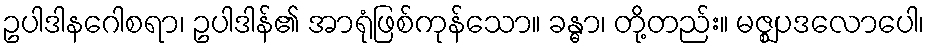
ဥပါဒါနဂေါစရာ၊ ဥပါဒါန်၏ အာရုံဖြစ်ကုန်သော။ ခန္ဓာ၊ တို့တည်း။ မဇ္ဈပဒလောပေါ၊